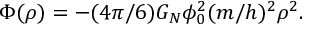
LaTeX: \Phi ( \rho ) = - ( 4 \pi / 6 ) G _ { N } \phi _ { 0 } ^ { 2 } ( m / h ) ^ { 2 } \rho ^ { 2 } .